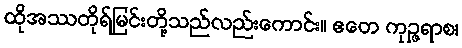
ထိုအဿတိုရ်မြင်းတို့သည်လည်းကောင်း။ ဧတေ ကုဉ္ဇရာစ၊